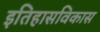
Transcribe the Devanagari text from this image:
इतिहासविकास